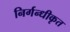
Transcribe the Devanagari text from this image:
निर्गन्धीकृत